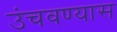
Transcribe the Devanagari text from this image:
उंचवण्यास